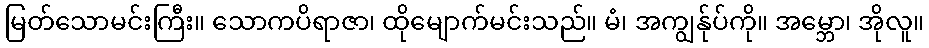
မြတ်သောမင်းကြီး။ သောကပိရာဇာ၊ ထိုမျောက်မင်းသည်။ မံ၊ အကျွန်ုပ်ကို။ အမ္ဘော၊ အိုလူ။